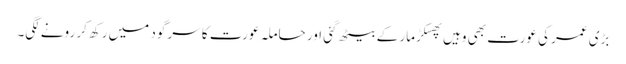
بڑی عمر کی عورت بھی وہیں پھسکڑ مار کے بیٹھ گئی اور حاملہ عورت کا سر گود میں رکھ کر رونے لگی۔